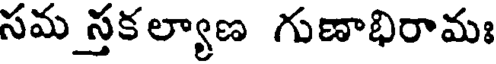
సమ స్తకల్యాణ గుణాభిరామః